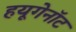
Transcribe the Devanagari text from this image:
हयूगेनॉट